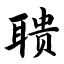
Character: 聩